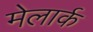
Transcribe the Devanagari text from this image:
मेलार्क